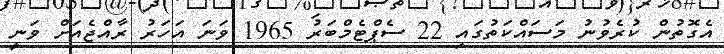
އެގޮތުން ކުރެވުނު މަސައްކަތުގައި 22 ސެޕްޓެމްބަރު 1965 ވަނަ އަހަރު ރާއްޖެއަށް ވަނީ